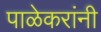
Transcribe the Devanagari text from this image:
पाळेकरांनी